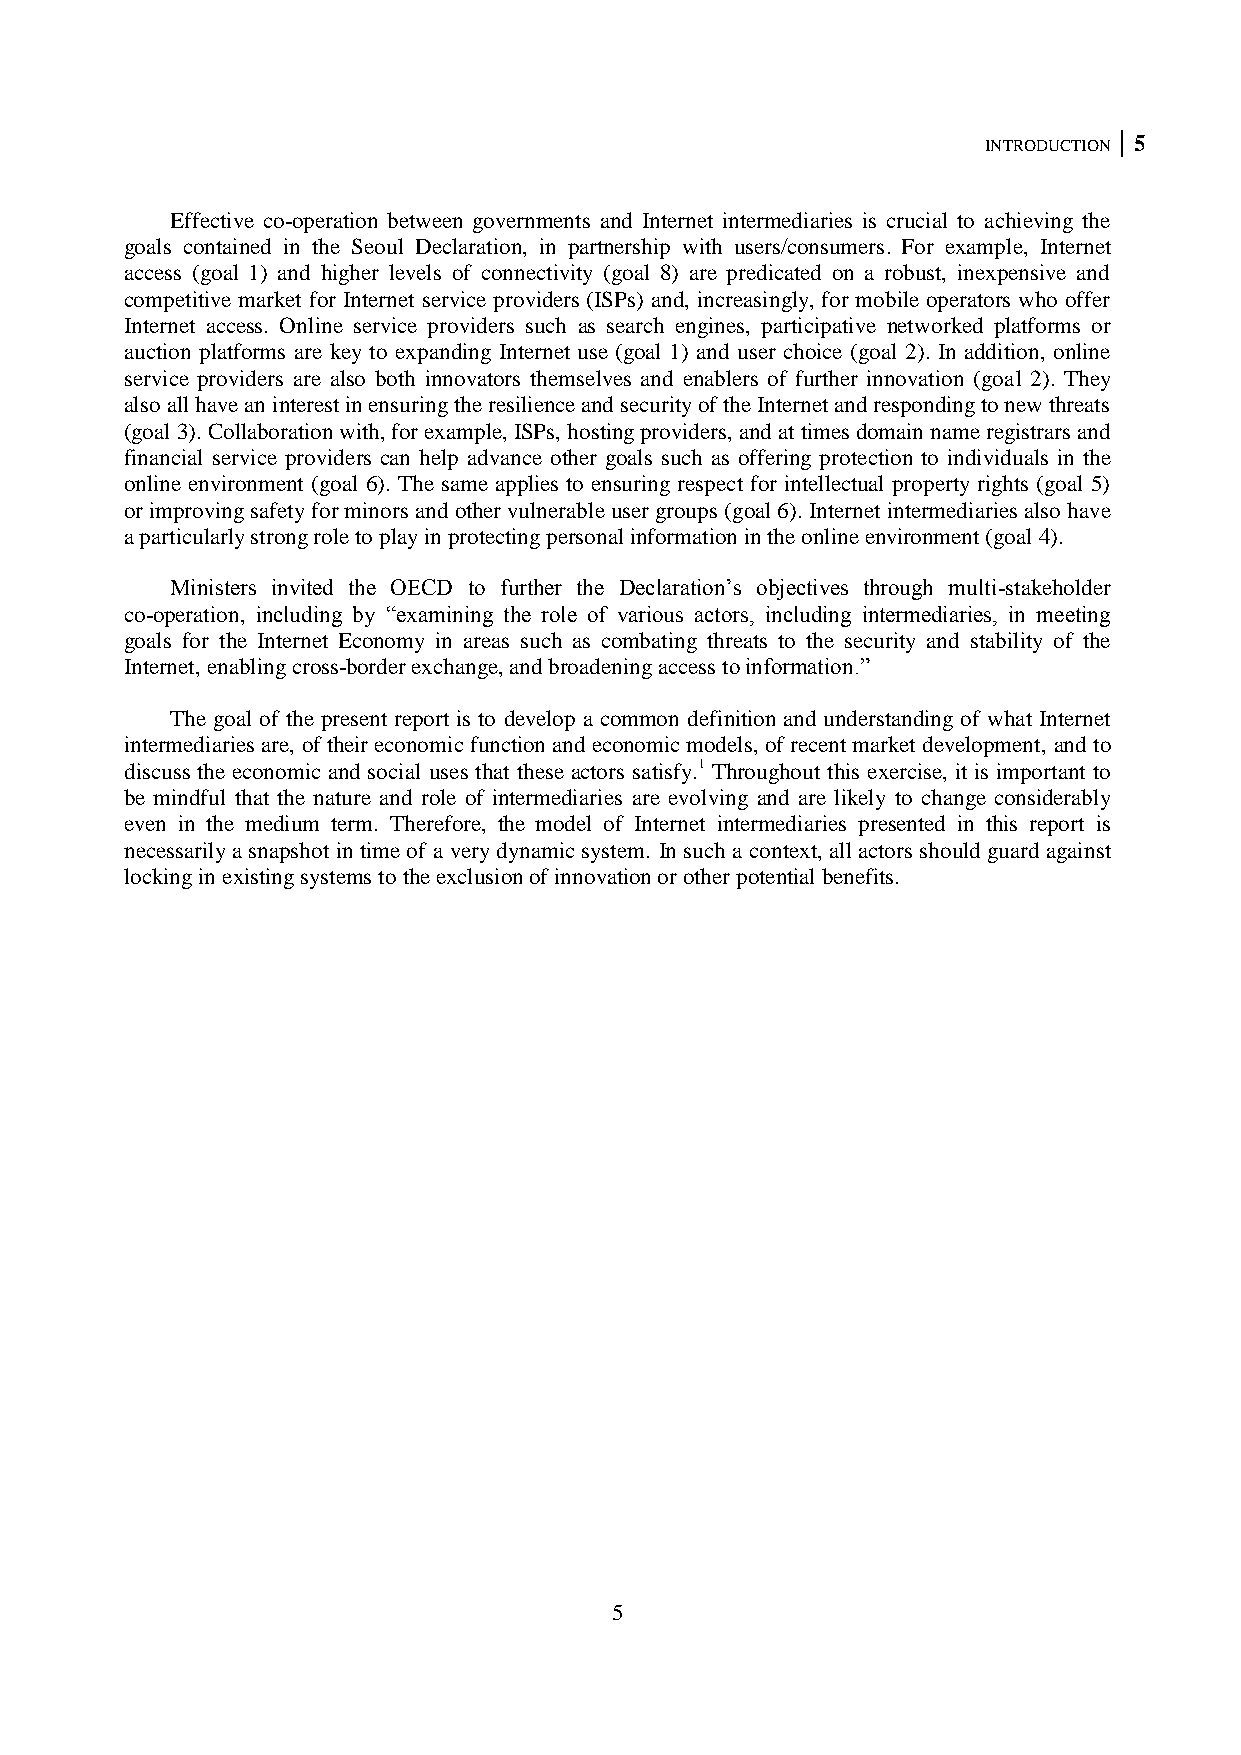
INTRODUCTION 5
 Effective co-operation between governments and Internet intermediaries is crucial to achieving the
 goals contained in the Seoul Declaration, in partnership with users/consumers. For example, Internet
 access (goal 1) and higher levels of connectivity (goal 8) are predicated on a robust, inexpensive and
 competitive market for Internet service providers (ISPs) and, increasingly, for mobile operators who offer
 Internet access. Online service providers such as search engines, participative networked platforms or
 auction platforms are key to expanding Internet use (goal 1) and user choice (goal 2). In addition, online
 service providers are also both innovators themselves and enablers of further innovation (goal 2). They
 also all have an interest in ensuring the resilience and security of the Internet and responding to new threats
 (goal 3). Collaboration with, for example, ISPs, hosting providers, and at times domain name registrars and
 financial service providers can help advance other goals such as offering protection to individuals in the
 online environment (goal 6). The same applies to ensuring respect for intellectual property rights (goal 5)
 or improving safety for minors and other vulnerable user groups (goal 6). Internet intermediaries also have
 a particularly strong role to play in protecting personal information in the online environment (goal 4).
 Ministers invited the OECD to further the Declaration‘s objectives through multi-stakeholder
 co-operation, including by ―examining the role of various actors, including intermediaries, in meeting
 goals for the Internet Economy in areas such as combating threats to the security and stability of the
 Internet, enabling cross-border exchange, and broadening access to information.‖
 The goal of the present report is to develop a common definition and understanding of what Internet
 intermediaries are, of their economic function and economic models, of recent market development, and to
 discuss the economic and social uses that these actors satisfy.1 Throughout this exercise, it is important to
 be mindful that the nature and role of intermediaries are evolving and are likely to change considerably
 even in the medium term. Therefore, the model of Internet intermediaries presented in this report is
 necessarily a snapshot in time of a very dynamic system. In such a context, all actors should guard against
 locking in existing systems to the exclusion of innovation or other potential benefits.
 5